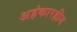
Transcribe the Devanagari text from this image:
अहंकारहीन